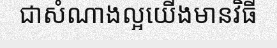
ជាសំណាងល្អយើងមានវិធី